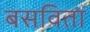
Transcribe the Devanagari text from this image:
बसविता